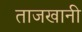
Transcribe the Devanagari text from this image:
ताजखानी